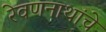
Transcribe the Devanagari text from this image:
रेवणनाथांचे